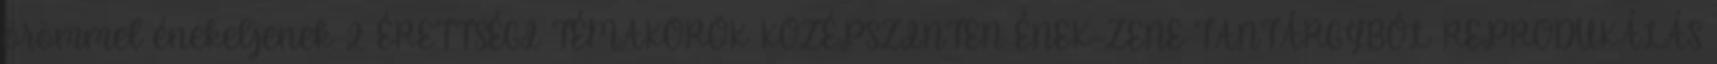
örömmel énekeljenek. 2. ÉRETTSÉGI TÉMAKÖRÖK KÖZÉPSZINTEN ÉNEK-ZENE TANTÁRGYBÓL REPRODUKÁLÁS